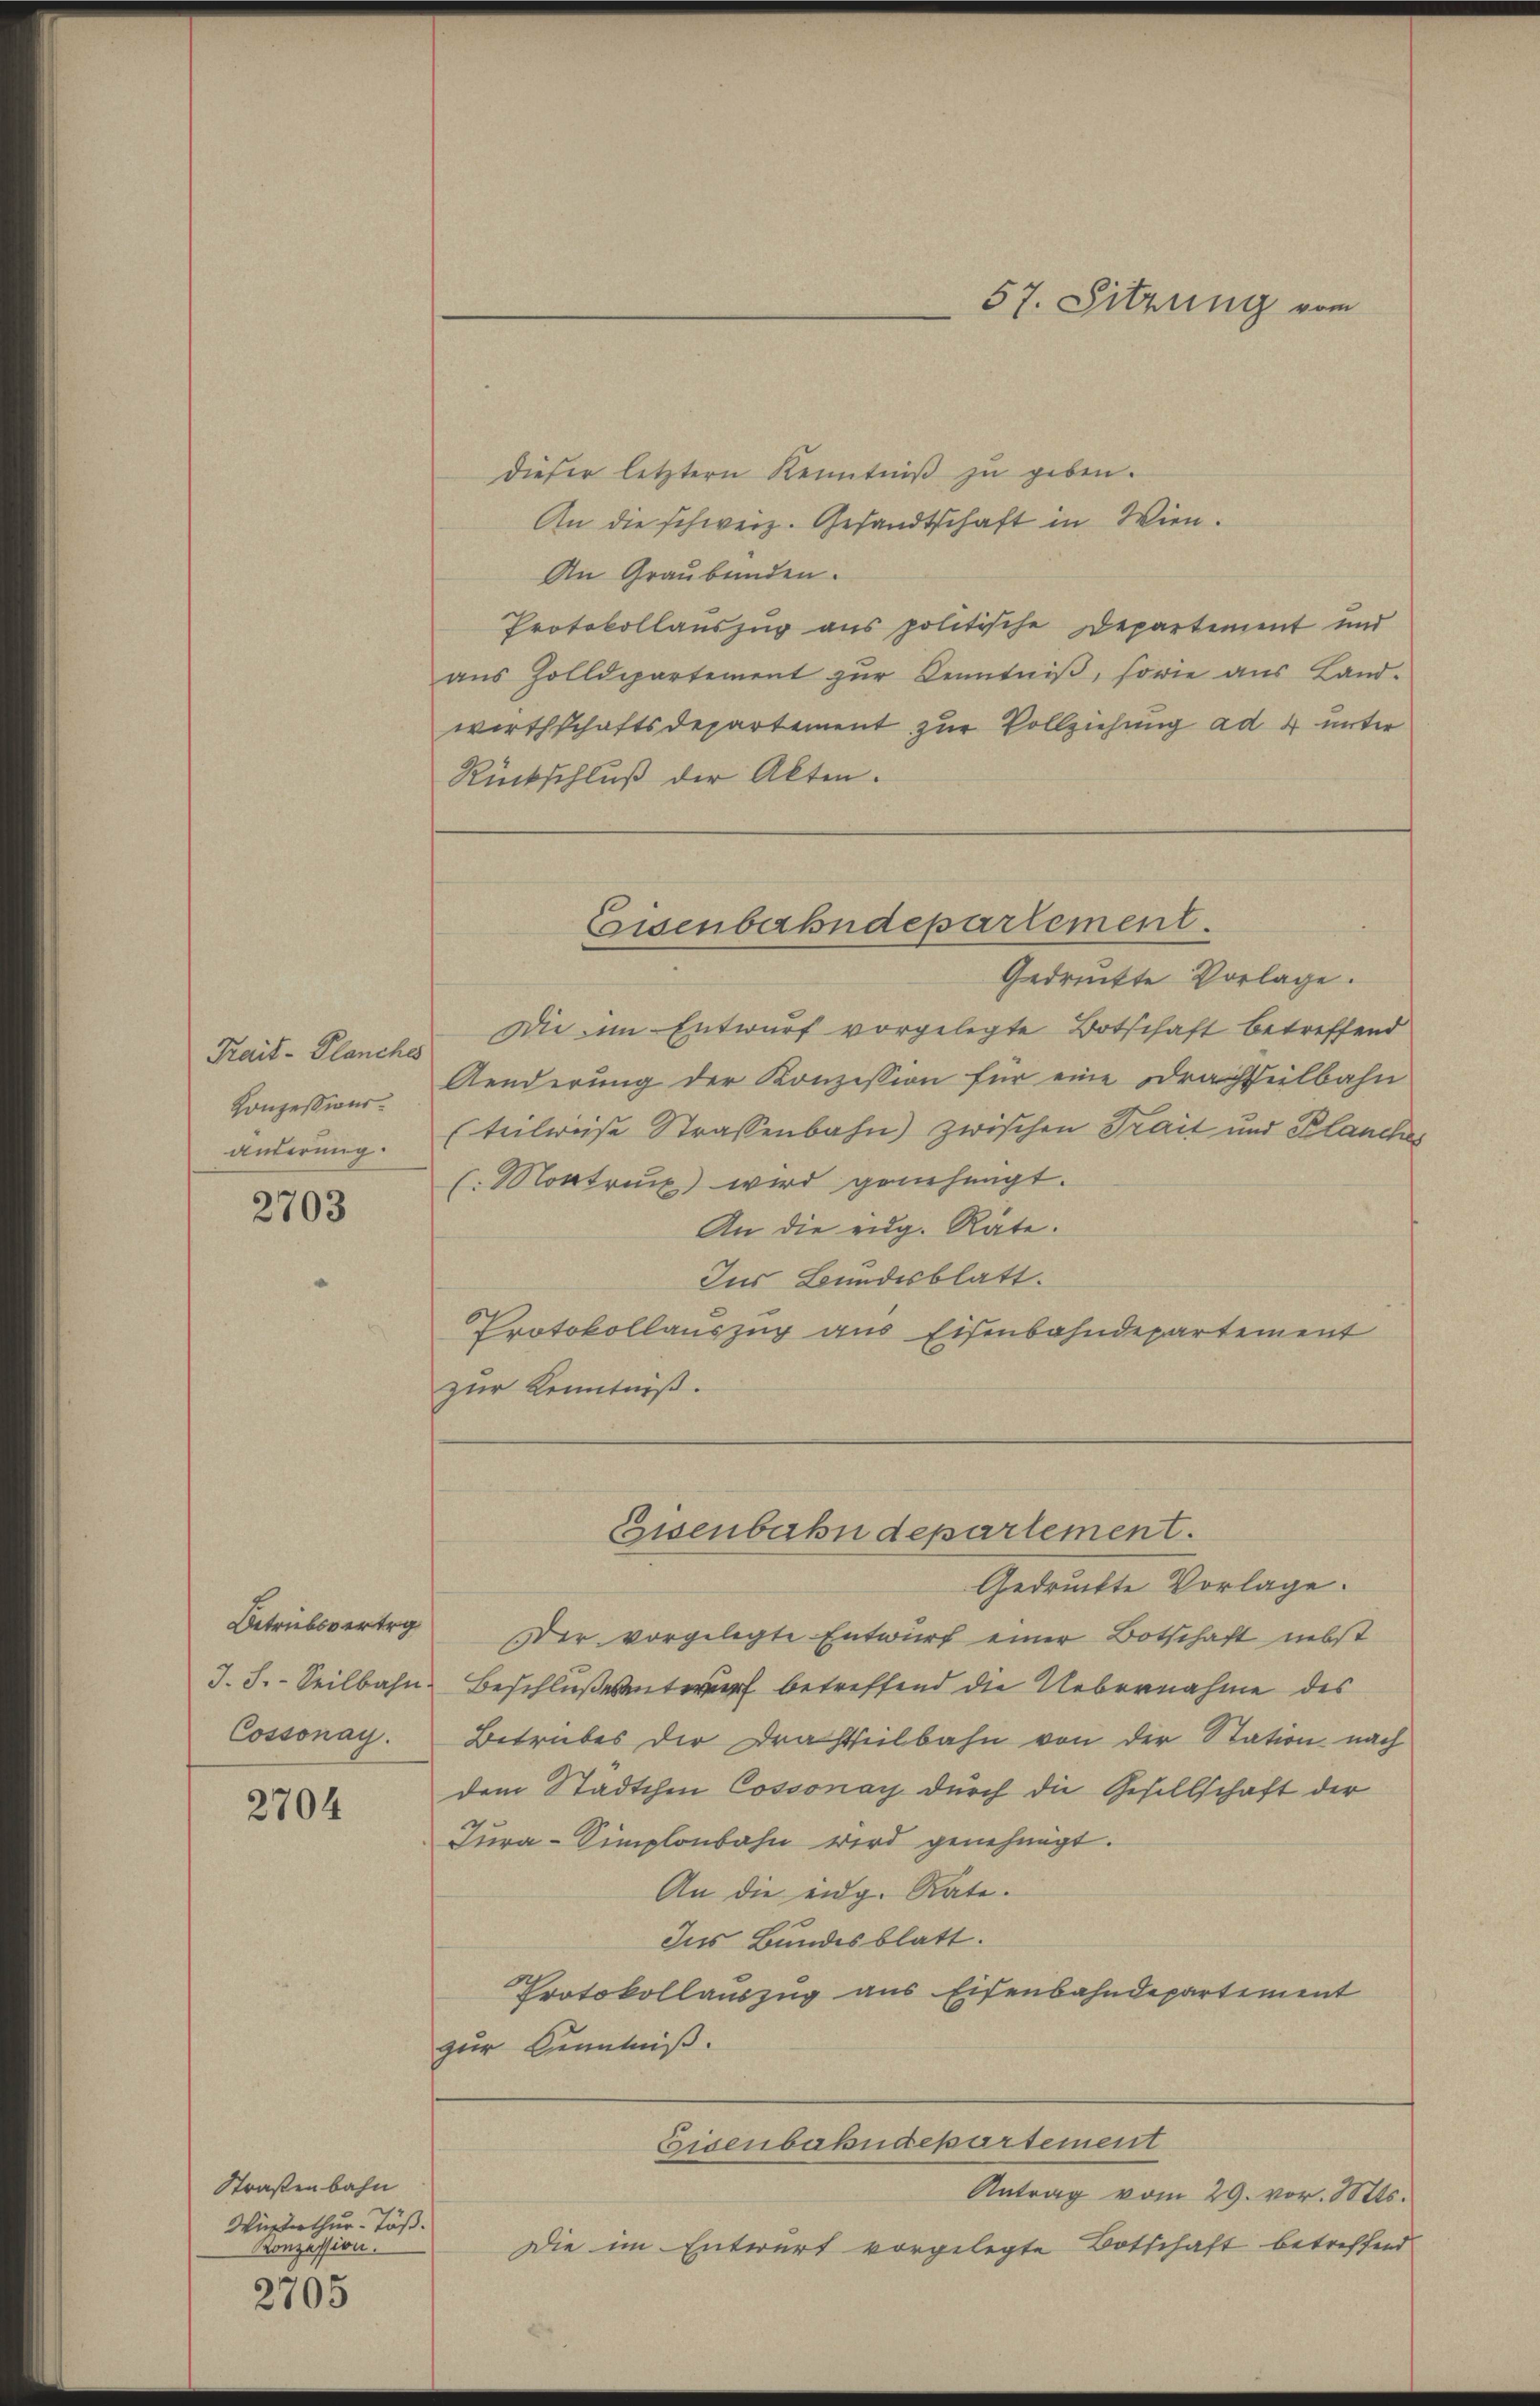
Trait-Planches
Konzessionsänterung.

2703

Cossonay.

2704

Straßenbahn
Wüsterthur Töß.
Konzession.

2705

dieser letztern Kenntniß zu geben.
An die schweiz. Gesandtschaft in Wien.
An Graubünden.
Protokollauszug aus politische Departement und
aŭs Zolldepartement zŭr Kenntniβ, sowie aŭs Land-
wirthschaftsdepartement zur Vollziehung ad 4 unter
Rückschluß der Akten.
Gedruckte Vorlage.
Die im Entwurf vorgelegte Botschaft betreffend
Aenderung der Konzession für eine Frachtteilbahn
(teilweise Strassenbahn) zwischen Trait und Planches
(. Montrick wird genehmigt.
An die eidg. Räte.
Ins Bundesblatt.
Protokollauszug aus Eisenbahndepartement
zur Kenntniß.

57. Sitzung vom

Eisenbahndepartement.

Eisenbahndepartement.

Betrübsvertrg Der vorgelegte Entwurf einer Botschaft nebst
J. J. Seilbahn Beschlußesentwurf betreffend die Uebernahme des
Betrubes der Drahtheilbahn von der Station nach
dem Städtchen Cossonay durch die Gesellschaft der
Jura-Simplonbahn wird genehmigt.
An die eidg. Rate.
Ins Bundesblatt.
Protokollauszug aus Eisenbahndepartement
zur Kenntniß.
Eisenbahndepartement
Antrag vom 29. vor. Mts.
Die im Entwurf vorgelegte Botschaft betreffend

Gedruckte Vorlage.